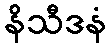
နိသီဒနံ